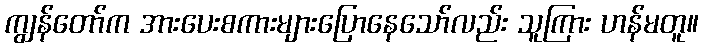
ကျွန်တော်က အားပေးစကားများပြောနေသော်လည်း သူကြား ဟန်မတူ။